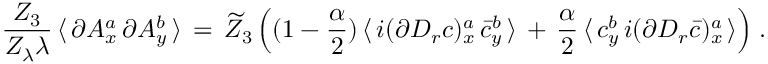
\frac { Z _ { 3 } } { Z _ { \lambda } \lambda } \, \langle \, \partial A _ { x } ^ { a } \, \partial A _ { y } ^ { b } \, \rangle \, = \, \widetilde Z _ { 3 } \, \Big ( ( 1 - \frac \alpha 2 ) \, \langle \, i ( \partial D _ { r } c ) _ { x } ^ { a } \, \bar { c } _ { y } ^ { b } \, \rangle \, + \, \frac \alpha 2 \, \langle \, c _ { y } ^ { b } \, i ( \partial D _ { r } \bar { c } ) _ { x } ^ { a } \, \rangle \Big ) \; .